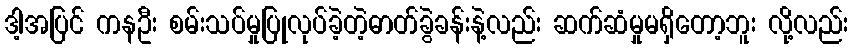
ဒါ့အပြင် ကနဦး စမ်းသပ်မှုပြုလုပ်ခဲ့တဲ့ဓာတ်ခွဲခန်းနဲ့လည်း ဆက်ဆံမှုမရှိတော့ဘူး လို့လည်း